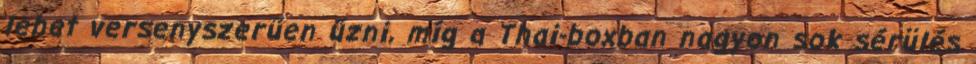
lehet versenyszerűen űzni, míg a Thai-boxban nagyon sok sérülés